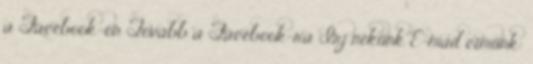
a Facebook-on Tovább a Facebook-ra Írj nekünk E-mail címünk: